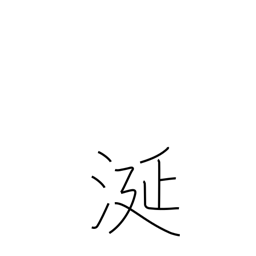
Meaning: slobber